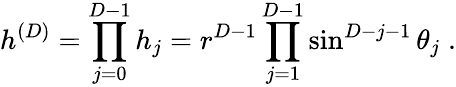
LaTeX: h^{({D})}=\prod_{j=0}^{{D-1}}h_{j}=r^{{D}-1}\prod_{j=1}^{{D}-1}\sin^{{D}-j-1}\theta_{j}\; .